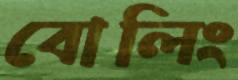
বোলিং